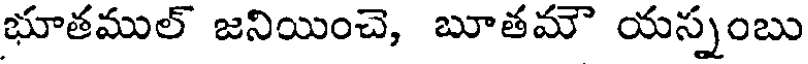
భూతముల్ జనియించె, బూతమౌ యస్నంబు